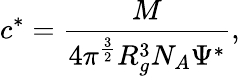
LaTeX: c^{*}=\frac{M}{4\pi^{\frac{3}{2}}R_{g}^{3}N_{A}\Psi^{*}},